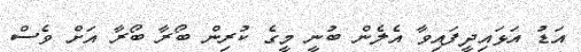
އަޑު އަޅައިދީފައިވާ އެލެން ބުނީ މީގެ ކުރިން ބޯރާ ބޯރާ އަށް ވެސް